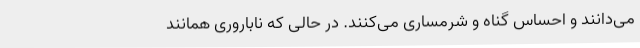
می‌دانند و احساس گناه و شرمساری می‌کنند. در حالی که ناباروری همانند